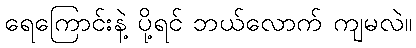
ရေကြောင်းနဲ့ ပို့ရင် ဘယ်လောက် ကျမလဲ။